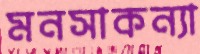
মনসাকন্যা